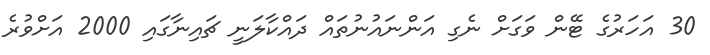
30 އަހަރުގެ ޓޭން ވަގަށް ނެގި އަންނައުނުތައް ދައްކާލަނީ ޗައިނާގައި 2000 އަށްވުރެ